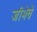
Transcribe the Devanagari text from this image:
जीभेचे